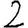
Digit: 2